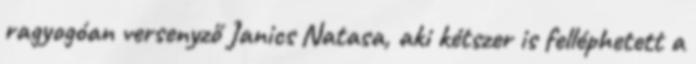
ragyogóan versenyző Janics Natasa, aki kétszer is felléphetett a